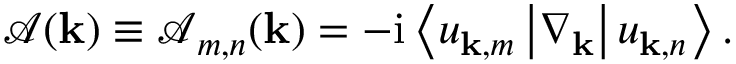
\begin{array} { r } { \boldsymbol { \mathcal { A } } ( \mathbf { k } ) \equiv \boldsymbol { \mathcal { A } } _ { m , n } ( \mathbf { k } ) = - \mathrm { i } \left< u _ { \mathbf { k } , m } \vphantom { \nabla _ { \mathbf { k } } } \vphantom { u _ { \mathbf { k } , n } } \left| \nabla _ { \mathbf { k } } \vphantom { u _ { \mathbf { k } , m } } \vphantom { u _ { \mathbf { k } , n } } \right| u _ { \mathbf { k } , n } \vphantom { u _ { \mathbf { k } , m } } \vphantom { \nabla _ { \mathbf { k } } } \right> . } \end{array}